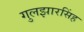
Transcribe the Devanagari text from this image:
गुलझारसिंह